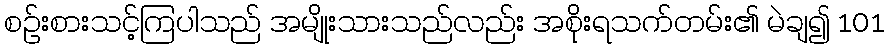
စဉ်းစားသင့်ကြပါသည် အမျိုးသားသည်လည်း အစိုးရသက်တမ်း၏ မဲချ၍ 101